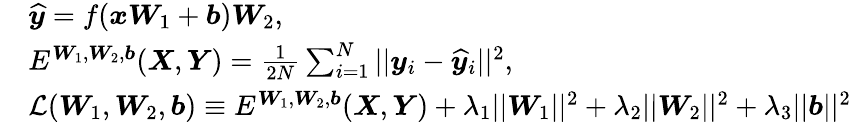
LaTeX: \begin{array}{rl}&{\widehat{\boldsymbol{y}}=f(\boldsymbol{x}\boldsymbol{W}_{1}+\boldsymbol{b})\boldsymbol{W}_{2},}\\ &{E^{\boldsymbol{W}_{1},\boldsymbol{W}_{2},\boldsymbol{b}}(\boldsymbol{X},\boldsymbol{Y})=\frac{1}{2N}\sum_{i=1}^{N}||\boldsymbol{y}_{i}-\widehat{\boldsymbol{y}}_{i}||^{2},}\\ &{\mathcal{L}(\boldsymbol{W}_{1},\boldsymbol{W}_{2},\boldsymbol{b})\equiv E^{\boldsymbol{W}_{1},\boldsymbol{W}_{2},\boldsymbol{b}}(\boldsymbol{X},\boldsymbol{Y})+\lambda_{1}||\boldsymbol{W}_{1}||^{2}+\lambda_{2}||\boldsymbol{W}_{2}||^{2}+\lambda_{3}||\boldsymbol{b}||^{2}}\end{array}